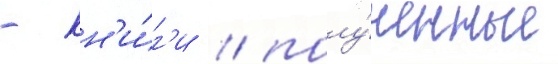
- кн'и́г'и / полу́ченные